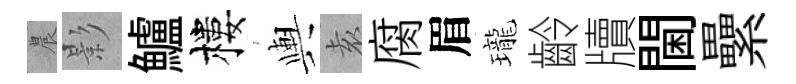
農影鱸樓輿𡊮腐眉瓏齡牘閫纍